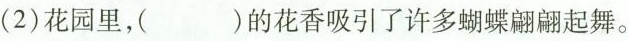
(2) 花园里，( )的花香吸引了许多蝴蝶翩翩起舞。